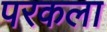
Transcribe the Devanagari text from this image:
परकला